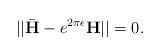
LaTeX: \begin{align*}||\bar{\mathbf{H}}-e^{2\pi\epsilon}\mathbf{H}||=0.\end{align*}